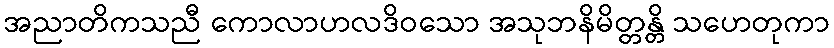
အညာတိကသညီ ကောလာဟလဒိဝသော အသုဘနိမိတ္တန္တိ သဟေတုကာ